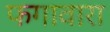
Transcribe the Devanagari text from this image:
फगावारा